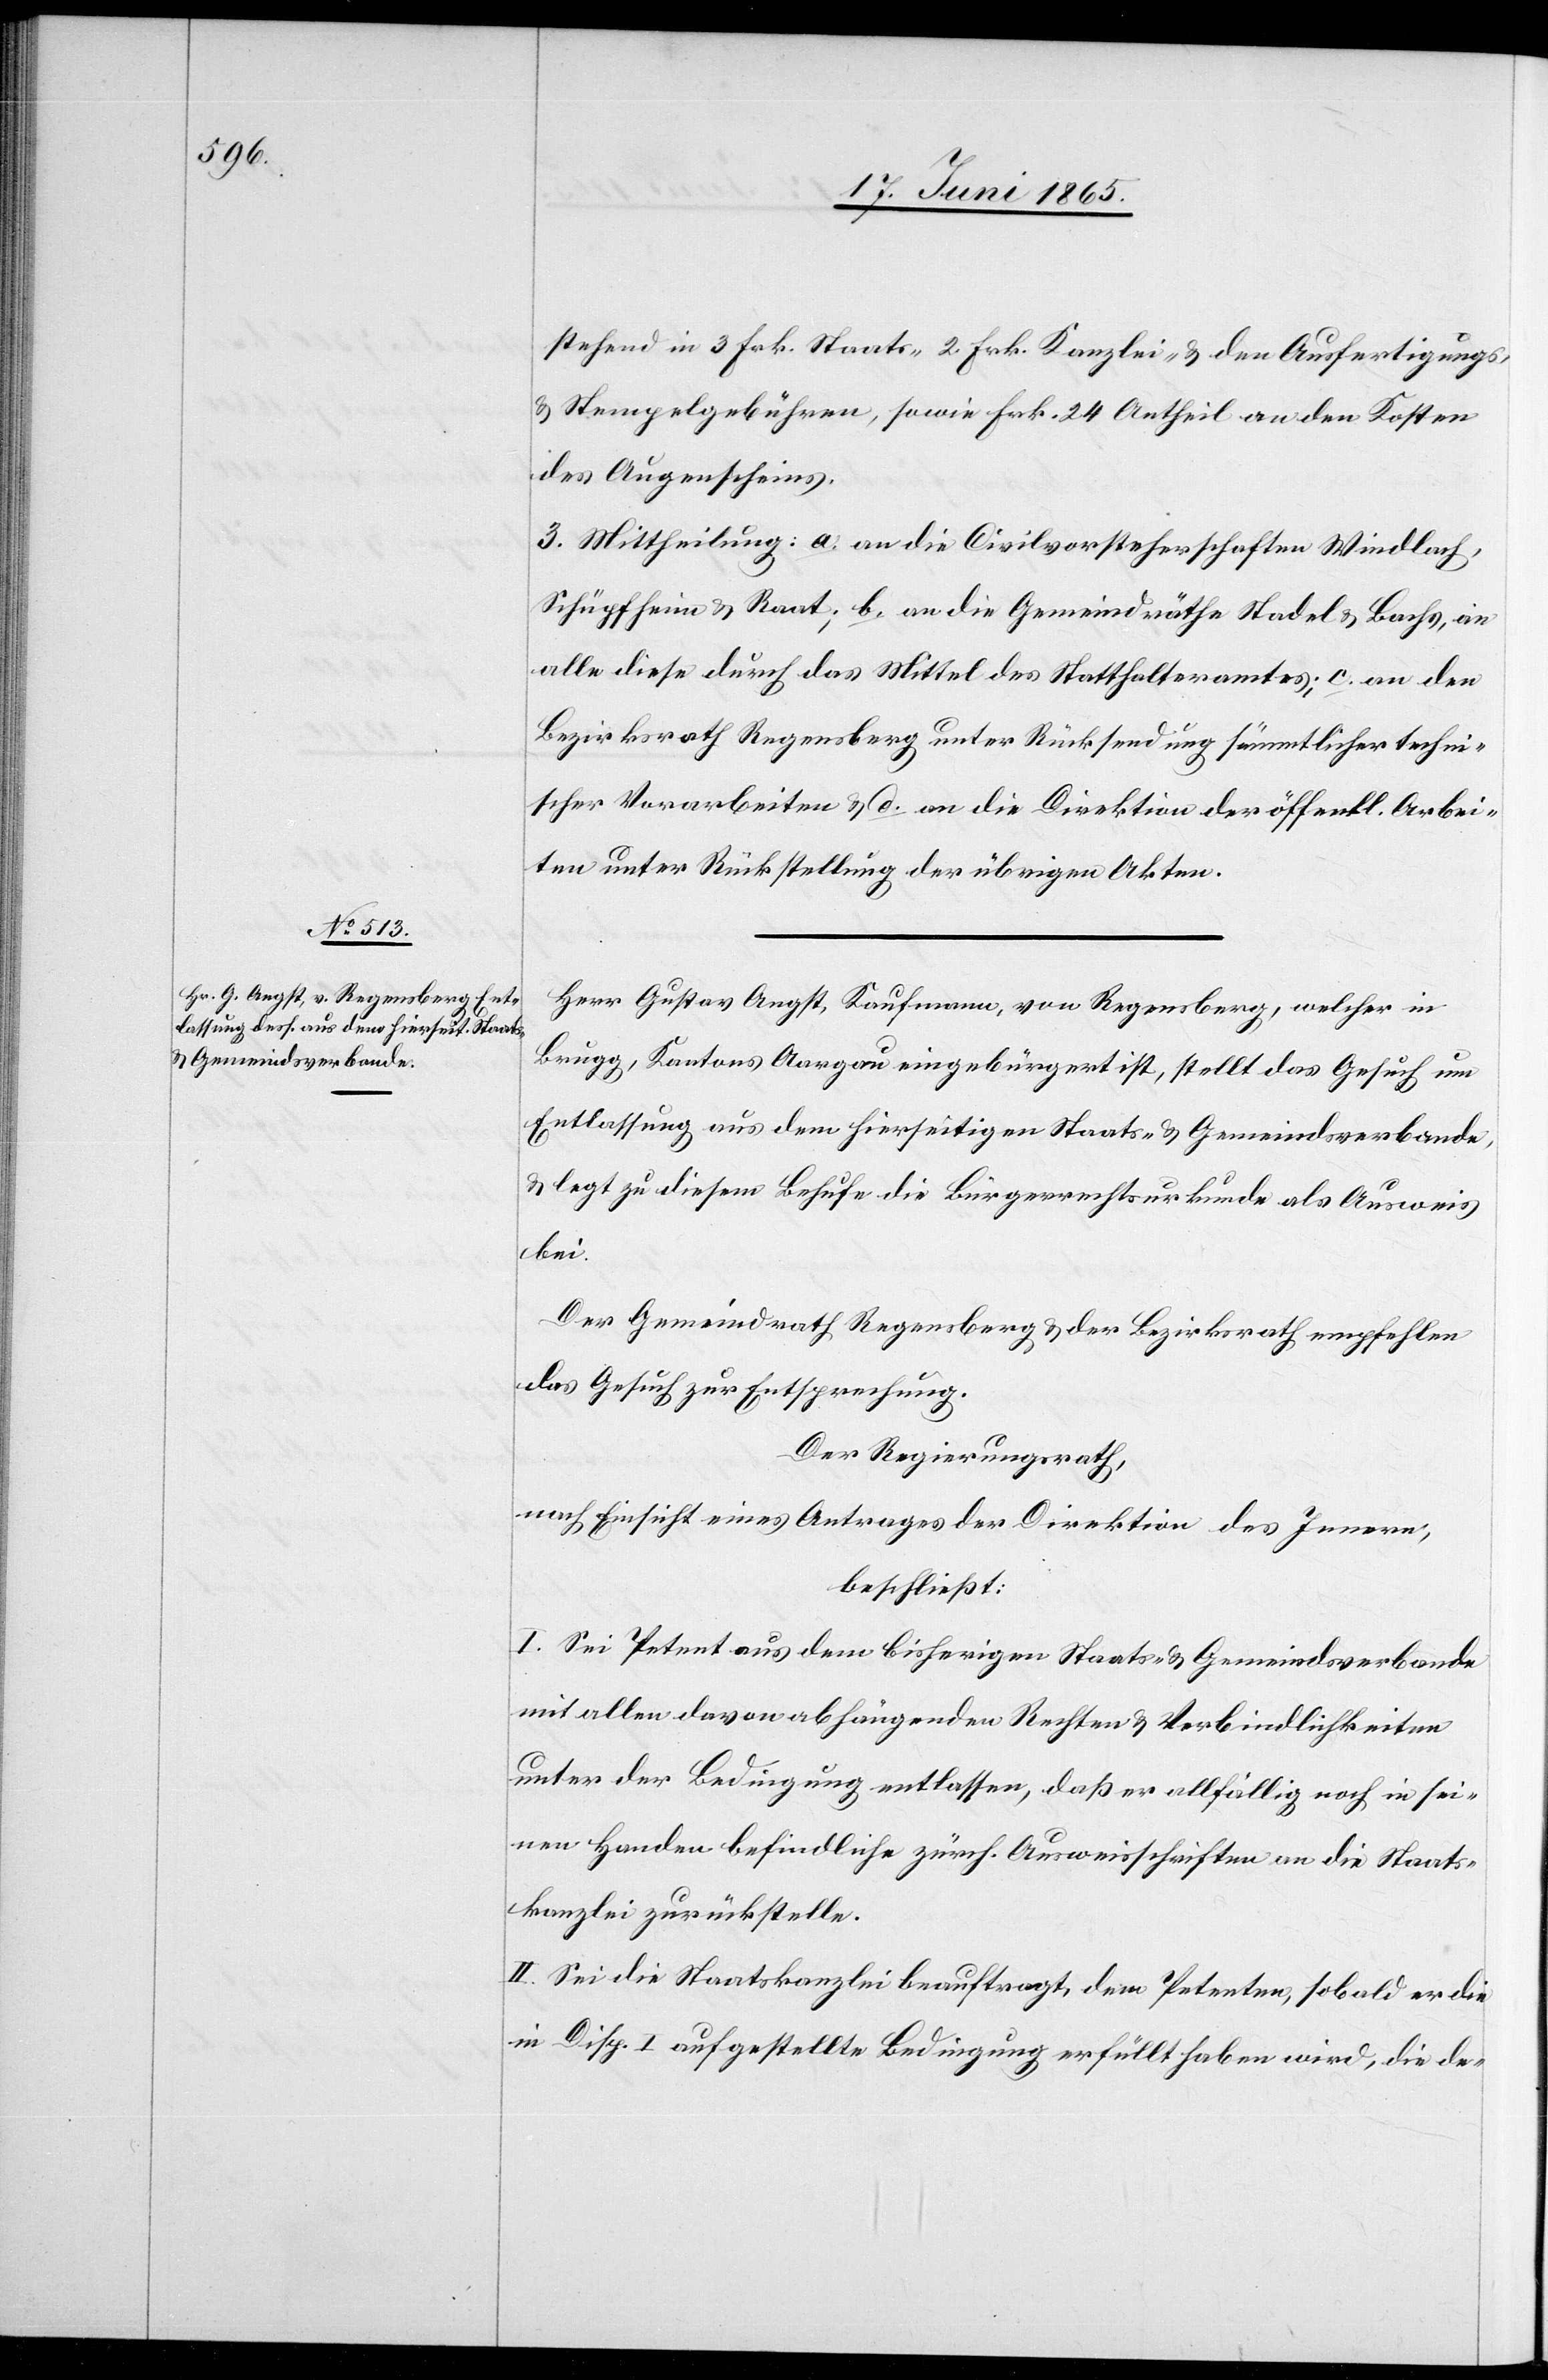
stehend in 3 Frk. Staats-[,] 2. Frk. Kanzlei- & den Ausfertigungs-
& Stempelgebühren, sowie Frk. 24 Antheil an den Kosten
des Augenscheins.
3. Mittheilung: a. an die Civilvorsteherschaften Windlach,
Schüpfheim & Raat; b. an die Gemeindräthe Stadel & Bachs, an
alle diese durch das Mittel des Statthalteramtes; c. an den
Bezirksrath Regensberg unter Rücksendung sämmtlicher techni¬
scher Vorarbeiten & d. an die Direktion der öffentl. Arbei¬
ten unter Rückstellung der übrigen Akten.
Herr Gustav Angst, Kaufmann, von Regensberg, welcher in
Brugg, Kantons Aargau eingebürgert ist, stellt das Gesuch um
Entlassung aus dem hierseitigen Staats- & Gemeindsverbande,
& legt zu diesem Behufe die Bürgerrechtsurkunde als Ausweis
bei.
Der Gemeindrath Regensberg & der Bezirksrath empfehlen
das Gesuch zur Entsprechung.
Der Regierungsrath,
nach Einsicht eines Antrages der Direktion des Innern,
beschließt:
I. Sei Petent aus dem bisherigen Staats- & Gemeindsverbande
mit allen davon abhängenden Rechten & Verbindlichkeiten
unter der Bedingung entlasse, daß er allfällig noch in sei¬
nen Handen befindliche zürch. Ausweisschriften an die Staats¬
kanzlei zurückstelle.
II. Sei die Staatskanzlei beauftragt, dem Petenten, sobald er die
in Disp. I aufgestellte Bedingung erfüllt haben wird, die de-